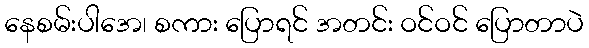
နေစမ်းပါအေ၊ စကား ပြောရင် အတင်း ဝင်ဝင် ပြောတာပဲ